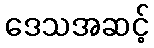
ဒေသအဆင့်